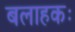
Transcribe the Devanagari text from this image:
बलाहकः